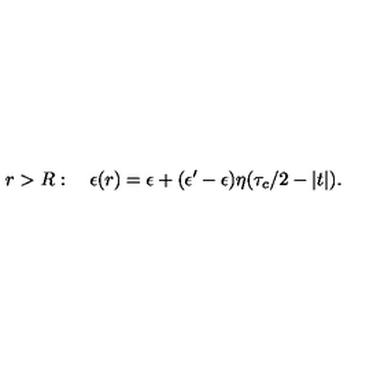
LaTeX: r > R : \quad \epsilon ( r ) = \epsilon + ( \epsilon ^ { \prime } - \epsilon ) \eta ( \tau _ { c } / 2 - | t | ) .